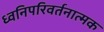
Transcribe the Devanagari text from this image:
ध्वनिपरिवर्तनात्मक